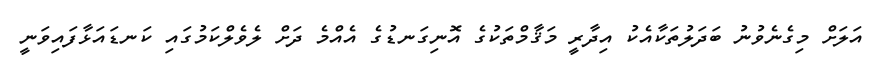
އަލަށް މިގެނެވުނު ބަދަލުތަކާއެކު އިދާރީ މަޤާމްތަކުގެ އޮނިގަނޑުގެ އެއްމެ ދަށް ލެވެލްކަމުގައި ކަނޑައަޅާފައިވަނީ